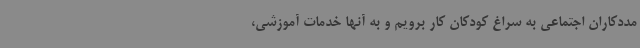
مددکاران اجتماعی به سراغ کودکان کار برویم و به آنها خدمات آموزشی،